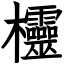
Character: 欞